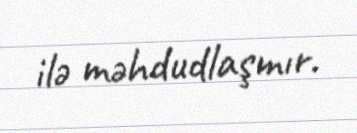
ilə məhdudlaşmır.